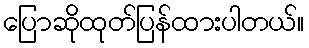
ပြောဆိုထုတ်ပြန်ထားပါတယ်။